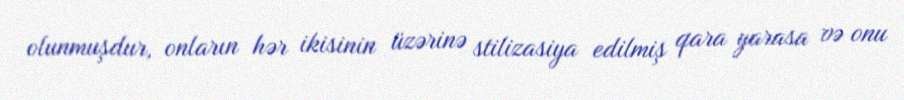
olunmuşdur, onların hər ikisinin üzərinə stilizasiya edilmiş qara yarasa və onu